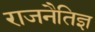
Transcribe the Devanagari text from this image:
राजनैतिज्ञ